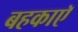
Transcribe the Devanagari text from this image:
बहकाएॅ